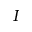
I